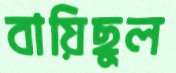
বায়িছুল